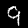
Digit: 9